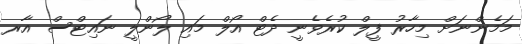
މަމެންނަށް މިހާރު ފީލް ކުރެވެނީ ދެޓް އޯލް މައި ލޯންލީ ނައިޓްސް އާރ